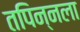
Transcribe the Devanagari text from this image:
तपिन्नला